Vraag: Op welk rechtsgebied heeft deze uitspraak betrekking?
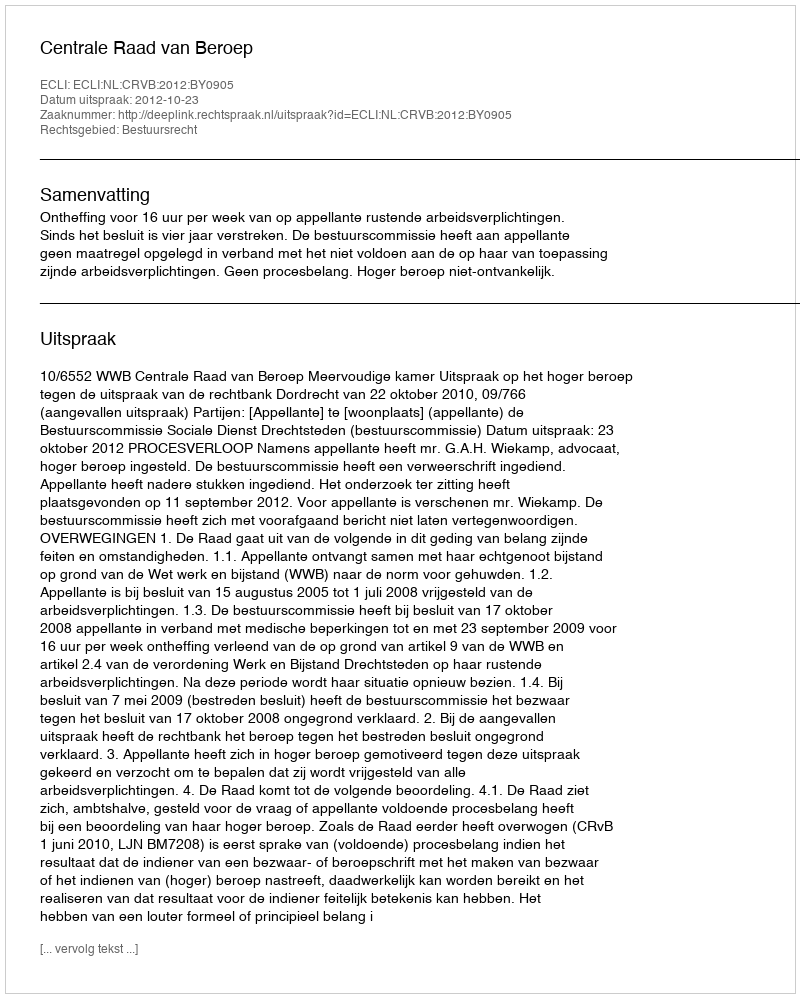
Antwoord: Bestuursrecht